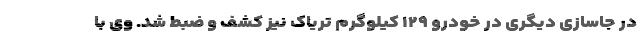
در جاسازی دیگری در خودرو ١٢٩ کیلوگرم تریاک نیز کشف و ضبط شد. وی با